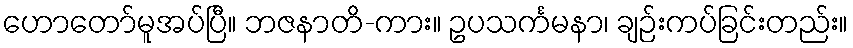
ဟောတော်မူအပ်ပြီ။ ဘဇနာတိ-ကား။ ဥပသင်္ကမနာ၊ ချဉ်းကပ်ခြင်းတည်း။